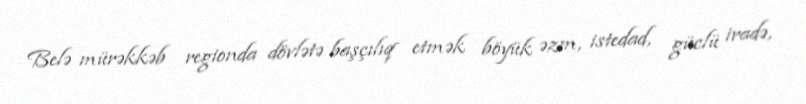
Belə mürəkkəb regionda dövlətə başçılıq etmək böyük əzm, istedad, güclü iradə,